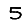
Digit: 5